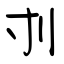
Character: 刌